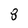
Character: 8